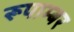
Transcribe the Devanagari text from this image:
रूपाम्बर